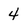
Character: 4